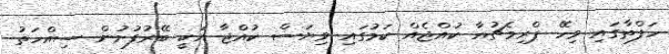
ހަފްތާގައި ވިހޭ ޕްރިމެޗުއާ ކުއްޖެއް ކަމުގައި ވިޔަސް ކުއްޖާ އަކީ ބޭރުފުށުން ސިއްހަތު